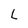
Character: L